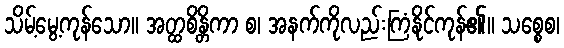
သိမ့်မွေ့ကုန်သော။ အတ္ထစိန္တိကာ စ၊ အနက်ကိုလည်းကြံနိုင်ကုန်၏။ သစ္စေစ၊